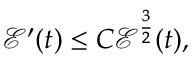
\mathcal { E } ^ { \prime } ( t ) \leq C \mathcal { E } ^ { \frac { 3 } { 2 } } ( t ) ,